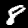
Digit: 8